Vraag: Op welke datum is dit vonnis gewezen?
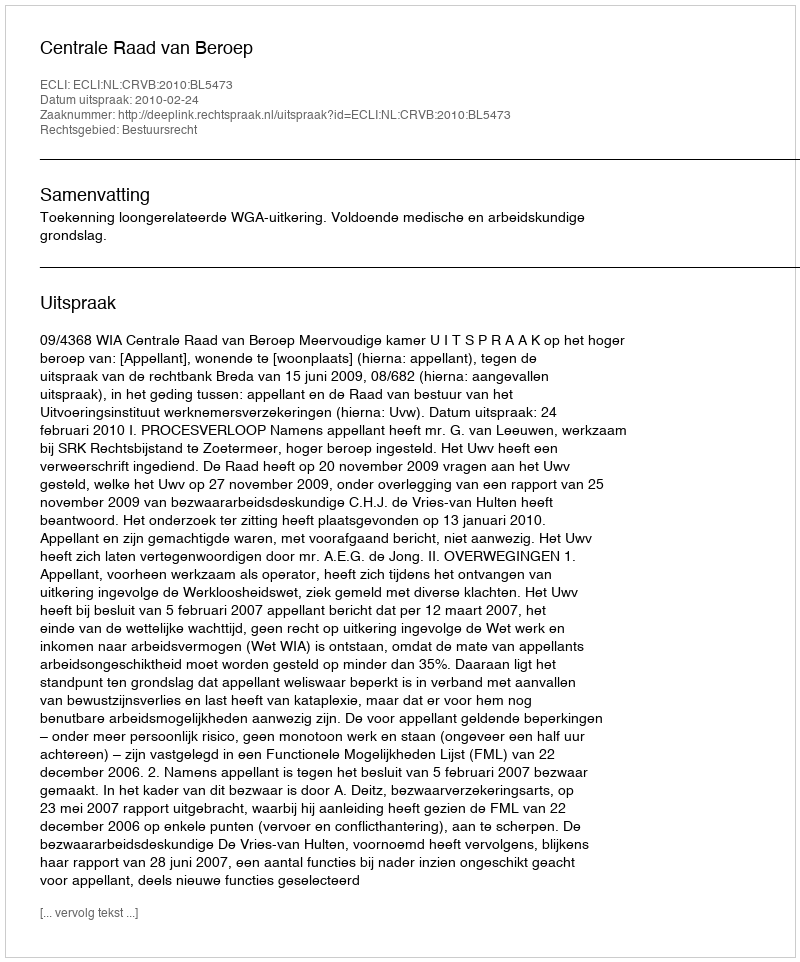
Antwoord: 2010-02-24